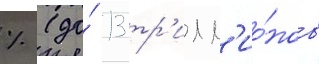
% (до́ 13 тр'илл'ио́нов